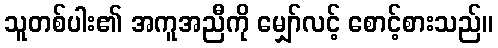
သူတစ်ပါး၏ အကူအညီကို မျှော်လင့် စောင့်စားသည်။